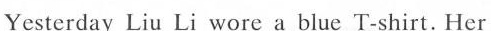
Yesterday Liu Li wore a blue T-shirt. Her